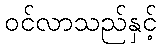
ဝင်လာသည်နှင့်